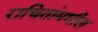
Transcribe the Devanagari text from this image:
राचितांमधील